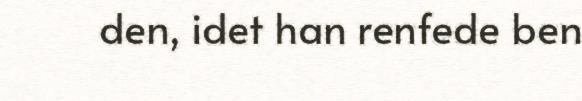
den, idet han renfede ben